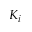
K _ { i }